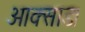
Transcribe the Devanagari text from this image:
आक्साड।